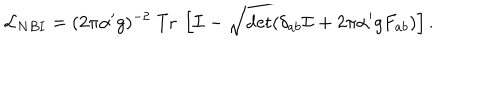
{ \cal L } _ { N B I } = ( 2 \pi \alpha ^ { \prime } g ) ^ { - 2 } ~ \mathrm { T r } ~ \left[ { \cal I } - \sqrt { \det ( \delta _ { a b } { \cal I } + 2 \pi \alpha ^ { \prime } g F _ { a b } ) } \right] .